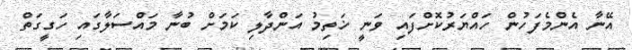
އޭނާ އެންމެފަހުން ހައްޔަރުކޮށްފައި ވަނީ ޚަތިމު އަންދާލި ކަމަށް ބުނާ މައްސަލާގައި ހަގީގަތް